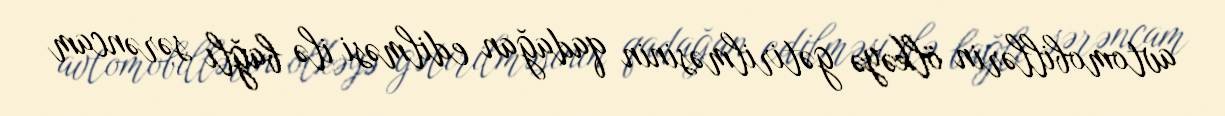
avtomobillərin ölkəyə gətirilməsinin qadağan edilməsi ilə bağlı sərəncam